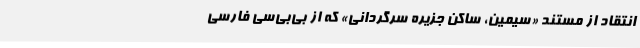
انتقاد از مستند «سیمین، ساکن جزیره سرگردانی» که از بی‌بی‌سی فارسی